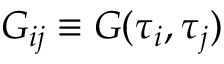
G _ { i j } \equiv G ( \tau _ { i } , \tau _ { j } )